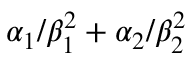
\alpha _ { 1 } / \beta _ { 1 } ^ { 2 } + \alpha _ { 2 } / \beta _ { 2 } ^ { 2 }